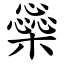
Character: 橤